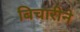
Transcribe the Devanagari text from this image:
बिचारीने